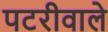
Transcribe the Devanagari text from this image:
पटरीवाले